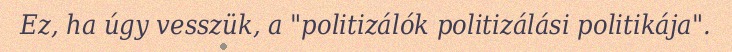
Ez, ha úgy vesszük, a "politizálók politizálási politikája".